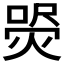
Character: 𤋚